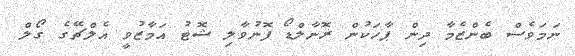
ނަމަވެސް ބެންޒެމާ ދިން ޕާހަކުން ރޮނާލްޑޯ ފޮނުވާލި ޝޮޓު އަމާޒުވީ އެލްޗޭގެ ގޯލް